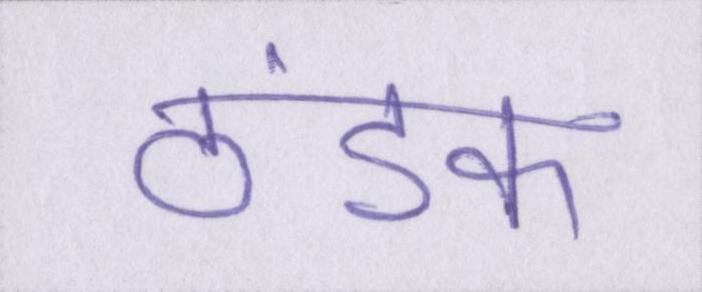
ठंडक